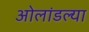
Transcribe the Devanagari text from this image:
ओलांडल्या